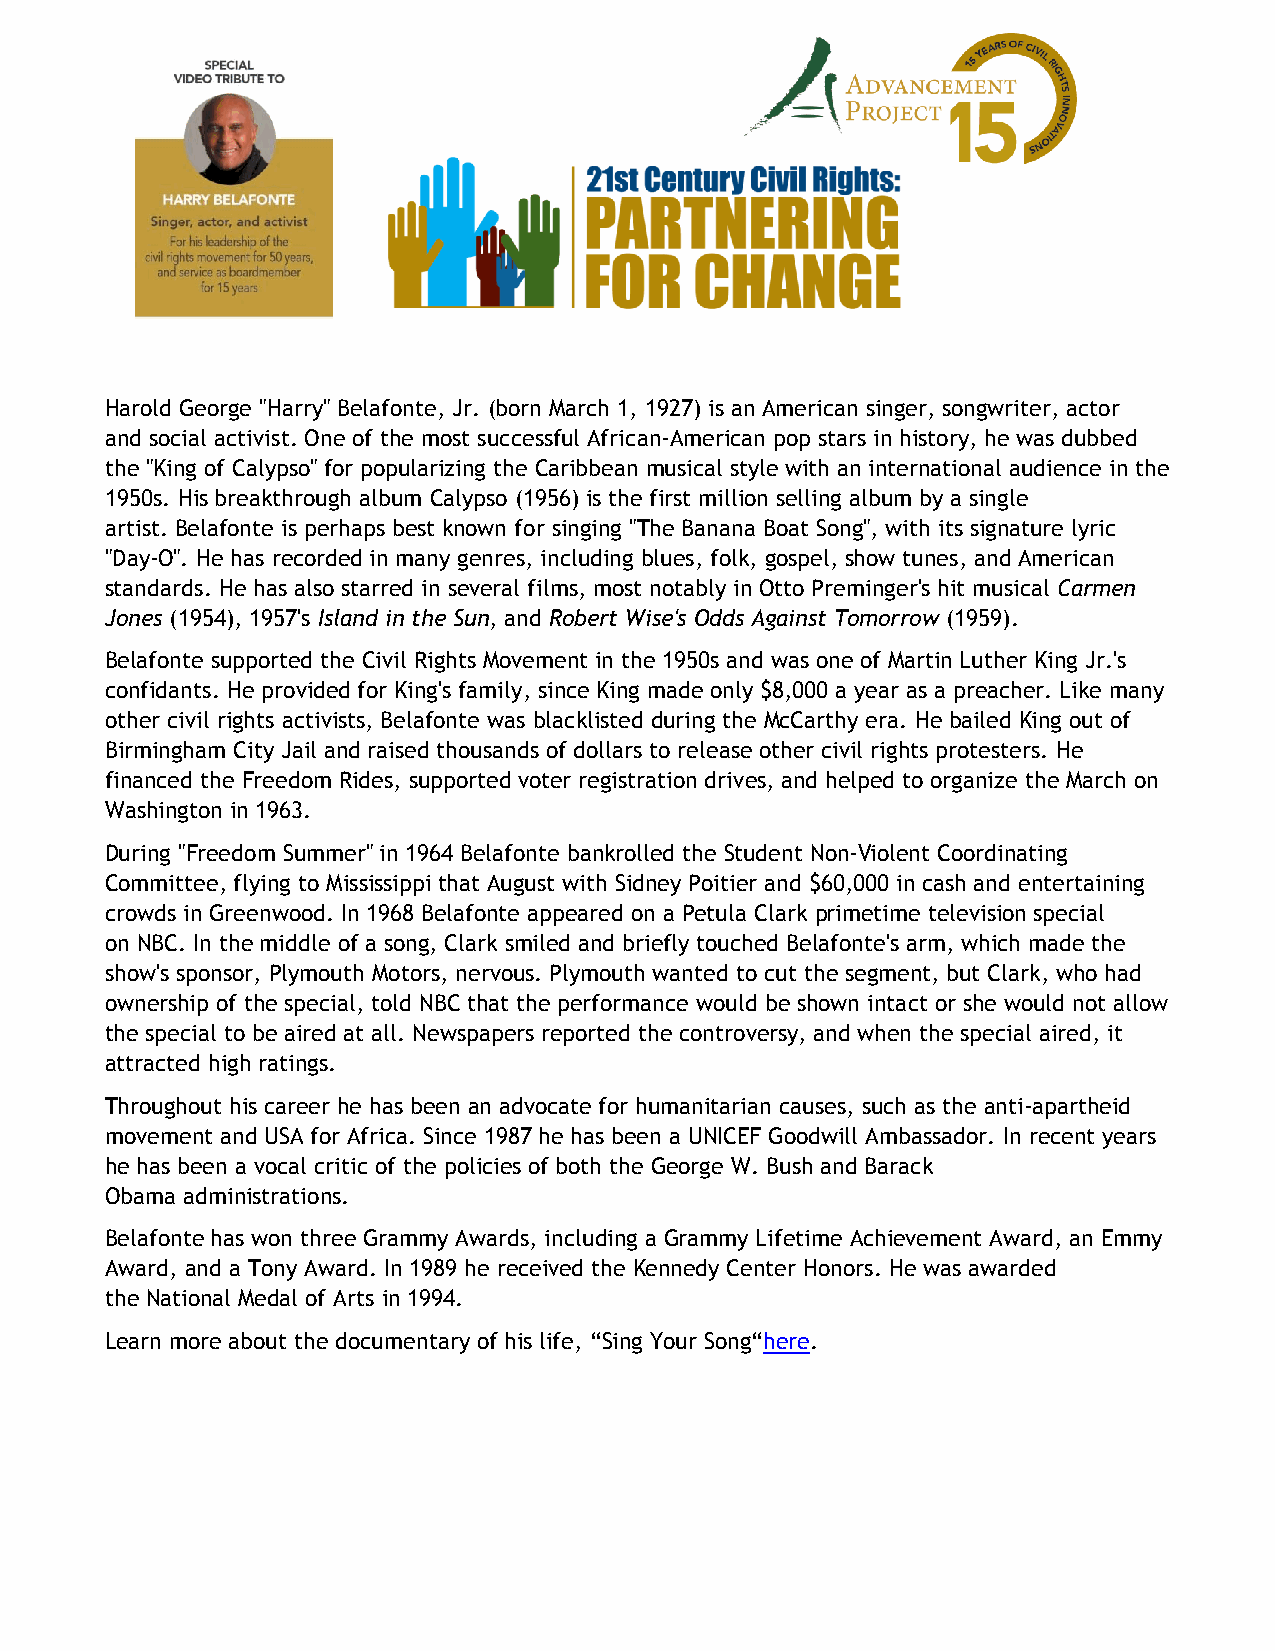
Harold George "Harry" Belafonte, Jr. (born March 1, 1927) is an American singer, songwriter, actor
 and social activist. One of the most successful African-American pop stars in history, he was dubbed
 the "King of Calypso" for popularizing the Caribbean musical style with an international audience in the
 1950s. His breakthrough album Calypso (1956) is the first million selling album by a single
 artist. Belafonte is perhaps best known for singing "The Banana Boat Song", with its signature lyric
 "Day-O". He has recorded in many genres, including blues, folk, gospel, show tunes, and American
 standards. He has also starred in several films, most notably in Otto Preminger's hit musical Carmen
 Jones (1954), 1957's Island in the Sun, and Robert Wise's Odds Against Tomorrow (1959).
 Belafonte supported the Civil Rights Movement in the 1950s and was one of Martin Luther King Jr.'s
 confidants. He provided for King's family, since King made only $8,000 a year as a preacher. Like many
 other civil rights activists, Belafonte was blacklisted during the McCarthy era. He bailed King out of
 Birmingham City Jail and raised thousands of dollars to release other civil rights protesters. He
 financed the Freedom Rides, supported voter registration drives, and helped to organize the March on
 Washington in 1963.
 During "Freedom Summer" in 1964 Belafonte bankrolled the Student Non-Violent Coordinating
 Committee, flying to Mississippi that August with Sidney Poitier and $60,000 in cash and entertaining
 crowds in Greenwood. In 1968 Belafonte appeared on a Petula Clark primetime television special
 on NBC. In the middle of a song, Clark smiled and briefly touched Belafonte's arm, which made the
 show's sponsor, Plymouth Motors, nervous. Plymouth wanted to cut the segment, but Clark, who had
 ownership of the special, told NBC that the performance would be shown intact or she would not allow
 the special to be aired at all. Newspapers reported the controversy, and when the special aired, it
 attracted high ratings.
 Throughout his career he has been an advocate for humanitarian causes, such as the anti-apartheid
 movement and USA for Africa. Since 1987 he has been a UNICEF Goodwill Ambassador. In recent years
 he has been a vocal critic of the policies of both the George W. Bush and Barack
 Obama administrations.
 Belafonte has won three Grammy Awards, including a Grammy Lifetime Achievement Award, an Emmy
 Award, and a Tony Award. In 1989 he received the Kennedy Center Honors. He was awarded
 the National Medal of Arts in 1994.
 Learn more about the documentary of his life, “Sing Your Song“here.